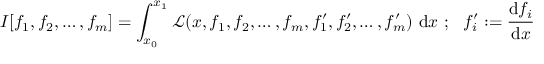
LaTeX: I [ f _ { 1 } , f _ { 2 } , \dots , f _ { m } ] = \int _ { x _ { 0 } } ^ { x _ { 1 } } { \mathcal { L } } ( x , f _ { 1 } , f _ { 2 } , \dots , f _ { m } , f _ { 1 } ^ { \prime } , f _ { 2 } ^ { \prime } , \dots , f _ { m } ^ { \prime } ) ~ \mathrm { d } x ~ ; ~ ~ f _ { i } ^ { \prime } : = { \cfrac { \mathrm { d } f _ { i } } { \mathrm { d } x } }